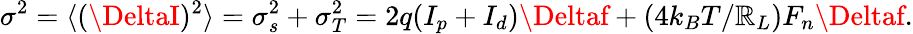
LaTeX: \sigma^{2}=\langle(\DeltaI)^{2}\rangle=\sigma_{s}^{2}+\sigma_{T}^{2}=2q(I_{p}+I_{d})\Deltaf+(4k_{B}T/\mathbb{R}_{L})F_{n}\Deltaf.